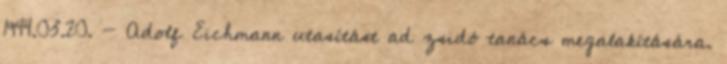
1944.03.20. - Adolf Eichmann utasítást ad zsidó tanács megalakítására.